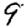
Digit: 9